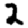
Digit: 2